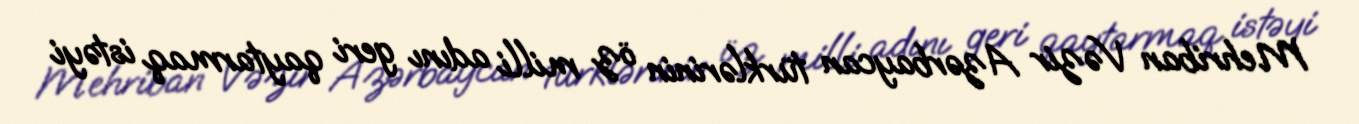
Mehriban Vəzir Azərbaycan türklərinin öz milli adını geri qaytarmaq istəyi